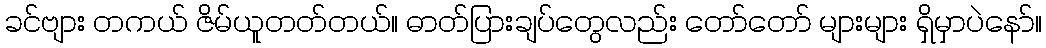
ခင်ဗျား တကယ် ဇိမ်ယူတတ်တယ်။ ဓာတ်ပြားချပ်တွေလည်း တော်တော် များများ ရှိမှာပဲနော်။